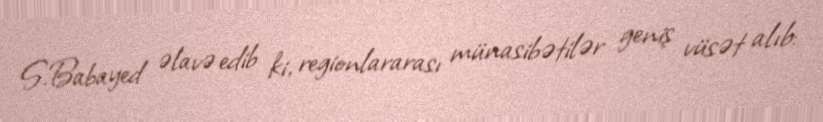
S.Babayed əlavə edib ki, regionlararası münasibətilər geniş vüsət alıb: